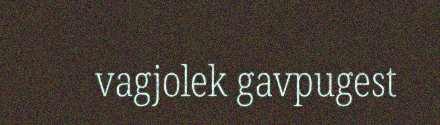
vagjolek gavpugest